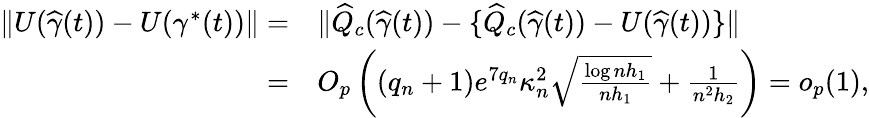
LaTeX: \begin{array}{rl}{\| U(\widehat\gamma(t))-U(\gamma^{*}(t))\| =}&{\| \widehat Q_{c}(\widehat\gamma(t))-\{ \widehat Q_{c}(\widehat\gamma(t))-U(\widehat\gamma(t))\} \| }\\ {=}&{O_{p}\left((q_{n}+1)e^{7q_{n}}\kappa_{n}^{2}\sqrt{\frac{\log nh_{1}}{nh_{1}}}+\frac{1}{n^{2}h_{2}}\right)=o_{p}(1),}\end{array}